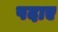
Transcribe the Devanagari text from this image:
पदाए